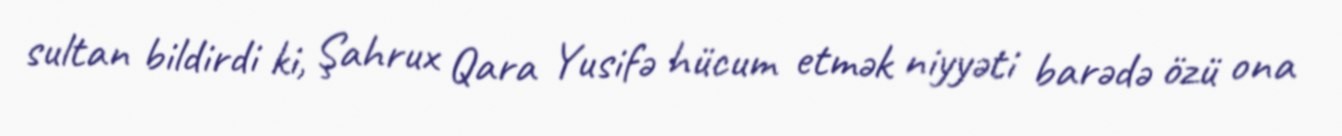
sultan bildirdi ki, Şahrux Qara Yusifə hücum etmək niyyəti barədə özü ona